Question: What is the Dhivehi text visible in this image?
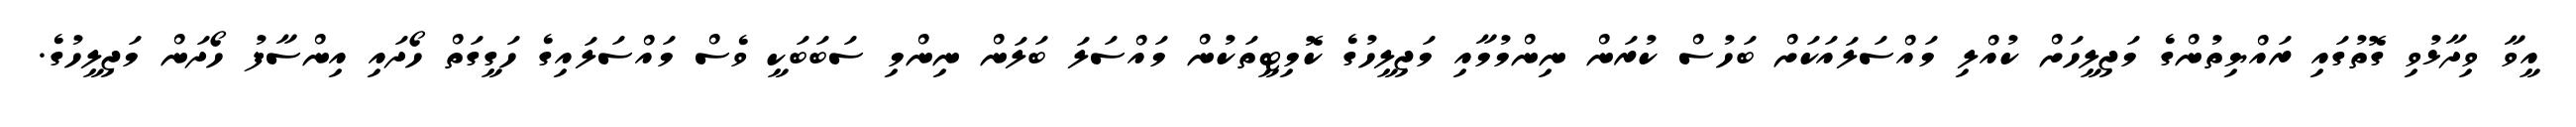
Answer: އީވާ ވިދާޅުވި ގޮތުގައި ރައްޔިތުންގެ މަޖިލީހަށް ކުއްލި މައްސަލައަކަށް ބަހުސް ކުރަން ނިންމުމާއި މަޖިލީހުގެ ކޮމިޓީތަކުން މައްސަލަ ބަލަން ނިންމި ސަބަބަކީ ވެސް މައްސަލައިގެ ހަގީގަތް ހޯދައި އިންސާފު ހޯދަން މަޖިލީހުގެ.